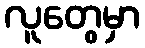
လူတွေမှာ